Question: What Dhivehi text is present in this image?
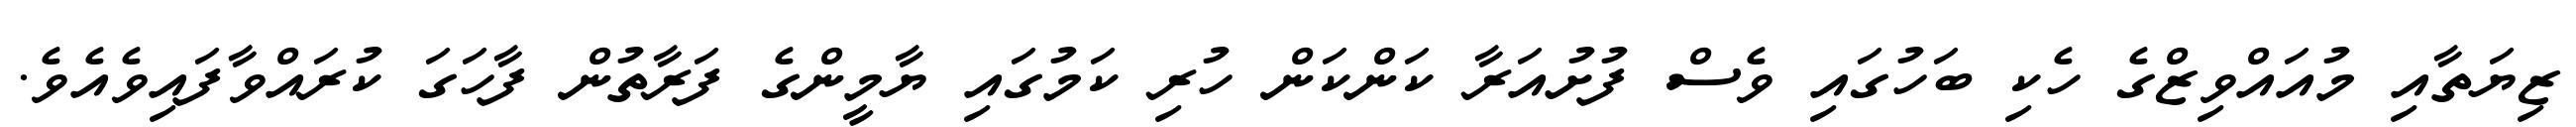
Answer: ޒިޔަތާއި މުއައްވިޒްގެ ހެކި ބަހުގައި ވެސް ފުށުއަރާ ކަންކަން ހުރި ކަމުގައި ޔާމީންގެ ފަރާތުން ފާހަގަ ކުރައްވާފައިވެއެވެ.